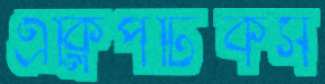
এক্লিপটিকস